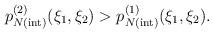
LaTeX: \begin{align*} p_{N{\mathrm{(int)}}}^{(2)}(\xi _1,\xi _2)>p_{N{\mathrm{(int)}}}^{(1)} (\xi _1,\xi _2).\end{align*}